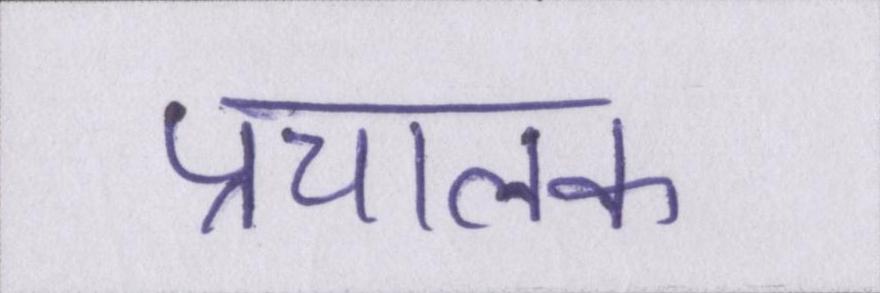
प्रचालक